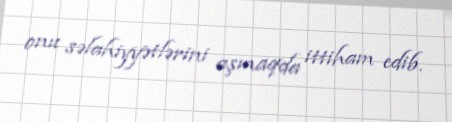
onu səlahiyyətlərini aşmaqda ittiham edib.